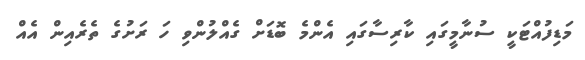
މަޑިފުއްޓަކީ ސުނާމީގައި ކާރިސާގައި އެންމެ ބޮޑަށް ގެއްލުންވި ހަ ރަށުގެ ތެރެއިން އެއް